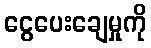
ငွေပေးချေမှုကို